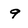
Character: 9